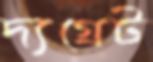
দ্যগ্রেট